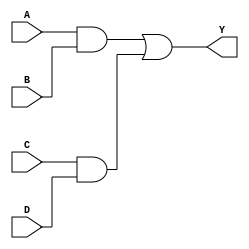
module reduced_logic_block (
    input wire A,  // Input A
    input wire B,  // Input B
    input wire C,  // Input C
    input wire D,  // Input D
    output wire Y  // Output Y
);

// Internal signals
wire AB;        // Intermediate signal for A AND B
wire CD;        // Intermediate signal for C AND D
wire AB_or_CD;  // Intermediate signal for (A AND B) OR (C AND D)

// Implementing the logic based on the reduced Boolean expression:
// Y = (A AND B) OR (C AND D)

assign AB = A & B;      // AND gate for A and B
assign CD = C & D;      // AND gate for C and D
assign Y = AB | CD;     // OR gate for the outputs of the AND gates

endmodule